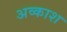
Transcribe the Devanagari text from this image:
अव्काश